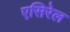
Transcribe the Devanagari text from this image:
एसिरेल